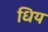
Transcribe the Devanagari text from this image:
धिय